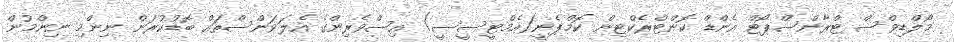
މޯލްޑިވްސް ޓްރާންސްޕޯޓް އެންޑް ކޮންޓްރެކްޓިން ކޮމްޕެނީ(އެމްޓީސީސީ) އިސްވެރިންގެ އެލަވަންސްތައް ބޮޑުކުރަން ނިންމި ނިންމުން